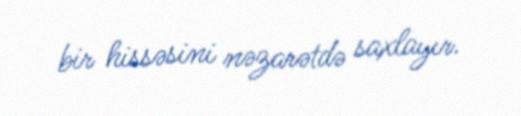
bir hissəsini nəzarətdə saxlayır.